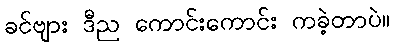
ခင်ဗျား ဒီည ကောင်းကောင်း ကခဲ့တာပဲ။